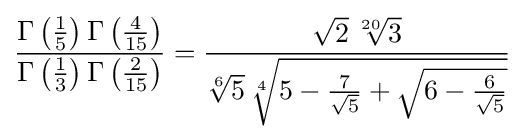
{\frac {\Gamma \left({\tfrac {1}{5}}\right)\Gamma \left({\tfrac {4}{15}}\right)}{\Gamma \left({\tfrac {1}{3}}\right)\Gamma \left({\tfrac {2}{15}}\right)}}={\frac {{\sqrt {2}}\,{\sqrt[{20}]{3}}}{{\sqrt[{6}]{5}}\,{\sqrt[{4}]{5-{\frac {7}{\sqrt {5}}}+{\sqrt {6-{\frac {6}{\sqrt {5}}}}}}}}}